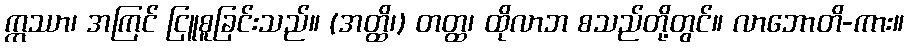
ဣဿာ၊ အကြင် ငြူစူခြင်းသည်။ (အတ္ထိ၊) တတ္ထ၊ ထိုလာဘ စသည်တို့တွင်။ လာဘောတိ-ကား။